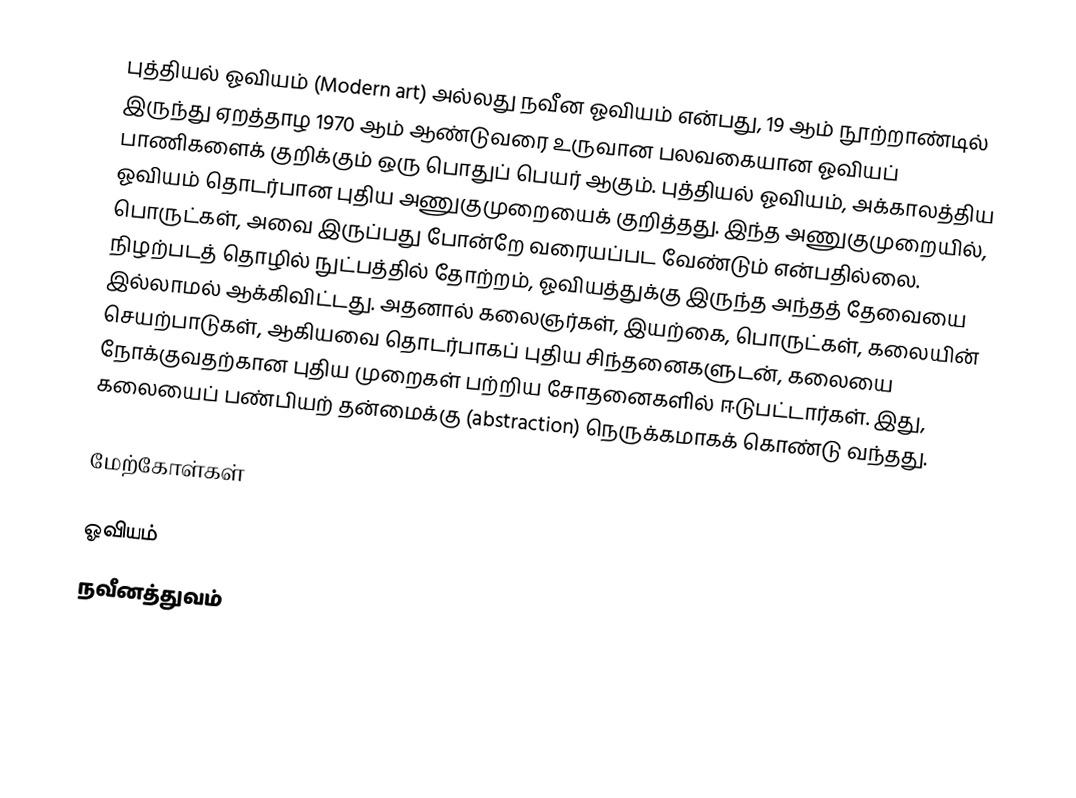
புத்தியல் ஓவியம் (Modern art) அல்லது நவீன ஓவியம் என்பது, 19 ஆம் நூற்றாண்டில் இருந்து ஏறத்தாழ 1970 ஆம் ஆண்டுவரை உருவான பலவகையான ஓவியப் பாணிகளைக் குறிக்கும் ஒரு பொதுப் பெயர் ஆகும். புத்தியல் ஓவியம், அக்காலத்திய ஓவியம் தொடர்பான புதிய அணுகுமுறையைக் குறித்தது. இந்த அணுகுமுறையில், பொருட்கள், அவை இருப்பது போன்றே வரையப்பட வேண்டும் என்பதில்லை. நிழற்படத் தொழில் நுட்பத்தில் தோற்றம், ஓவியத்துக்கு இருந்த அந்தத் தேவையை இல்லாமல் ஆக்கிவிட்டது. அதனால் கலைஞர்கள், இயற்கை, பொருட்கள், கலையின் செயற்பாடுகள், ஆகியவை தொடர்பாகப் புதிய சிந்தனைகளுடன், கலையை நோக்குவதற்கான புதிய முறைகள் பற்றிய சோதனைகளில் ஈடுபட்டார்கள். இது, கலையைப் பண்பியற் தன்மைக்கு (abstraction) நெருக்கமாகக் கொண்டு வந்தது.

மேற்கோள்கள்

ஓவியம்
நவீனத்துவம்